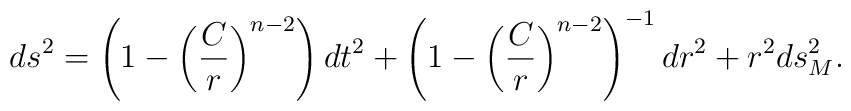
ds^{2}=\left(1-\left(\frac{C}{r}\right)^{n-2}\right)dt^{2}+\left(1-\left(\frac{C}{r}\right)^{n-2}\right)^{-1}dr^{2}+r^{2}ds_{M}^{2} .